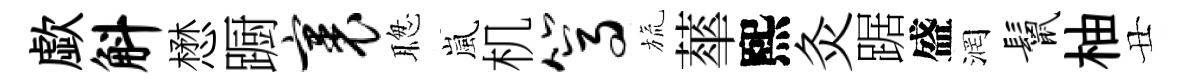
歔斛懋蹰裹聦嵐机篙旒蕐熙灸踞盛润鬣柚丑